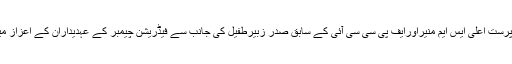
انہوں نے ان خیالات کا اظہاریو بی جی کے سرپرست اعلیٰ ایس ایم منیراورایف پی سی سی آئی کے سابق صدر زبیرطفیل کی جانب سے فیڈریشن چیمبر کے عہدیداران کے اعزاز میں دیے گئے عشائیہ سے خطاب کے دوران کیا۔